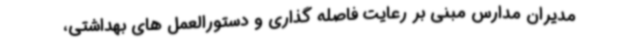
مدیران مدارس مبنی بر رعایت فاصله گذاری و دستورالعمل های بهداشتی،